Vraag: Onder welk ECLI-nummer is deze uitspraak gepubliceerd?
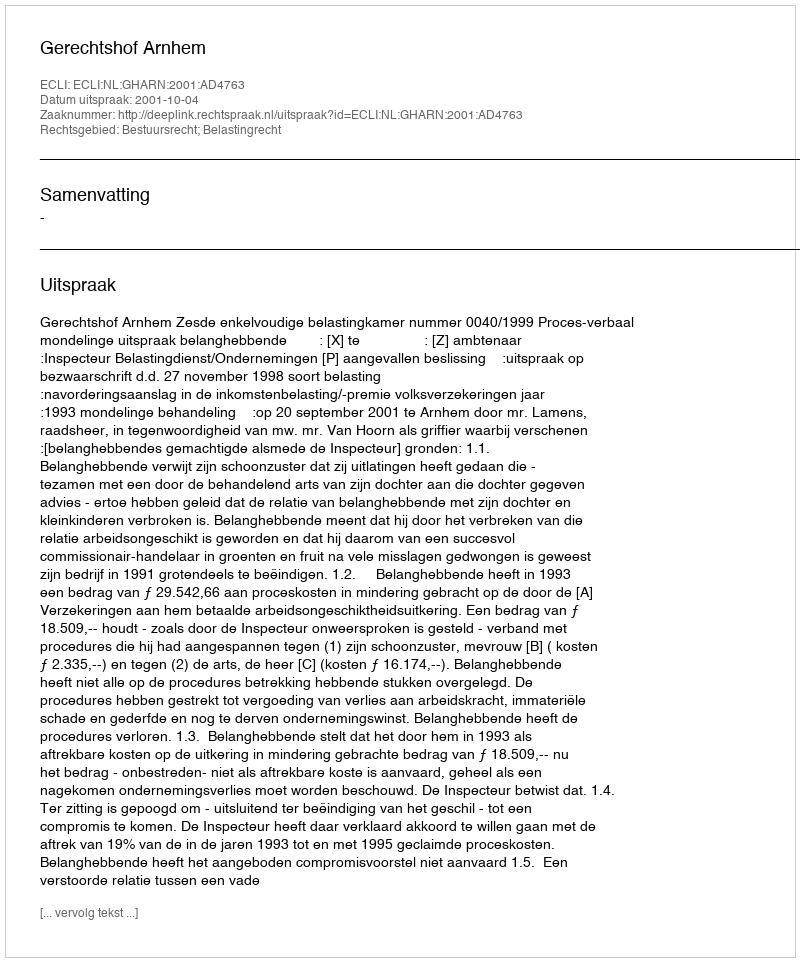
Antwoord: ECLI:NL:GHARN:2001:AD4763